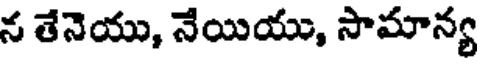
న తేనెయు, నేయియు, సామాన్య